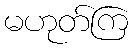
မဟုတ်ကြ